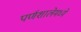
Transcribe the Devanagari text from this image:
पर्णशालेमध्ये